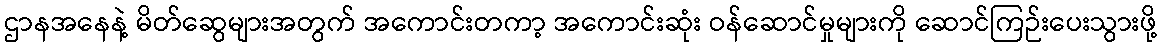
ဌာနအနေနဲ့ မိတ်ဆွေများအတွက် အကောင်းတကာ့ အကောင်းဆုံး ဝန်ဆောင်မှုများကို ဆောင်ကြဉ်းပေးသွားဖို့